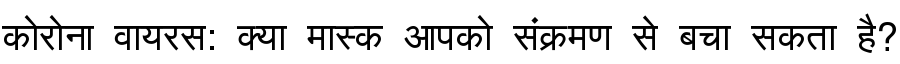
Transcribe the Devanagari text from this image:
कोरोना वायरस: क्या मास्क आपको संक्रमण से बचा सकता है?